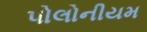
પોલોનીયમ